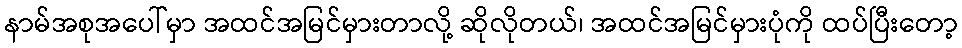
နာမ်အစုအပေါ်မှာ အထင်အမြင်မှားတာလို့ ဆိုလိုတယ်၊ အထင်အမြင်မှားပုံကို ထပ်ပြီးတော့